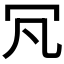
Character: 𠕵